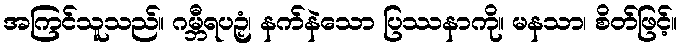
အကြင်သူသည်။ ဂမ္ဘီရပဉှံ၊ နက်နဲသော ပြဿနာကို။ မနသာ၊ စိတ်ဖြင့်။